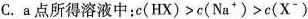
C.a点所得溶液中：c(HX)>c(Na^{+})>c(X^{-})